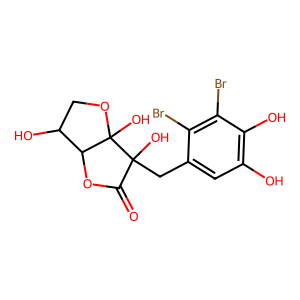
SMILES: O=C1OC2C(O)COC2(O)C1(O)Cc1cc(O)c(O)c(Br)c1Br
Inhibits HIV replication: No